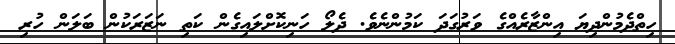
ހިތްދެމުންދިޔަ އިންޒާރެއްގެ ވަރުގަދަ ކަމުންނެވެ. ދެލޯ ހަނިކޮށްލައިގެން ކަތި ނަޒަރަކުން ބަލަން ހުރި